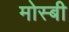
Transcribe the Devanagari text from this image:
मोस्बी